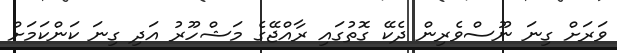
ވަރަށް ގިނަ ނޫސްވެރިން ދެކޭ ގޮތުގައި ރާއްޖޭގެ މަޝްހޫރު އަދި ގިނަ ކަންކަމަށް